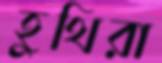
হুথিরা